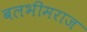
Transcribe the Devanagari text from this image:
बलभीमराज